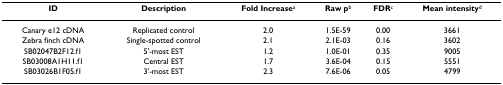
<table><thead><tr><td><b>ID</b></td><td><b>Description</b></td><td><b>Fold Increase<sup>a</sup></b></td><td><b>Raw p<sup>b</sup></b></td><td><b>FDR<sup>c</sup></b></td><td><b>Mean intensity<sup>d</sup></b></td></tr></thead><tbody><tr><td>Canary e12 cDNA</td><td>Replicated control</td><td>2.0</td><td>1.5E-59</td><td>0.00</td><td>3661</td></tr><tr><td>Zebra finch cDNA</td><td>Single-spotted control</td><td>2.1</td><td>2.1E-03</td><td>0.16</td><td>3602</td></tr><tr><td>SB02047B2F12.f1</td><td>5&#x27;-most EST</td><td>1.2</td><td>1.0E-01</td><td>0.35</td><td>9005</td></tr><tr><td>SB03008A1H11.f1</td><td>Central EST</td><td>1.7</td><td>3.6E-04</td><td>0.15</td><td>5551</td></tr><tr><td>SB03026B1F05.f1</td><td>3&#x27;-most EST</td><td>2.3</td><td>7.6E-06</td><td>0.05</td><td>4799</td></tr></tbody></table>